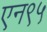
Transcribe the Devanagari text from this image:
एन९५